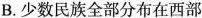
B.少数民族全部分布在西部